Veterinary regulations India, 1925 -
Year: 1925
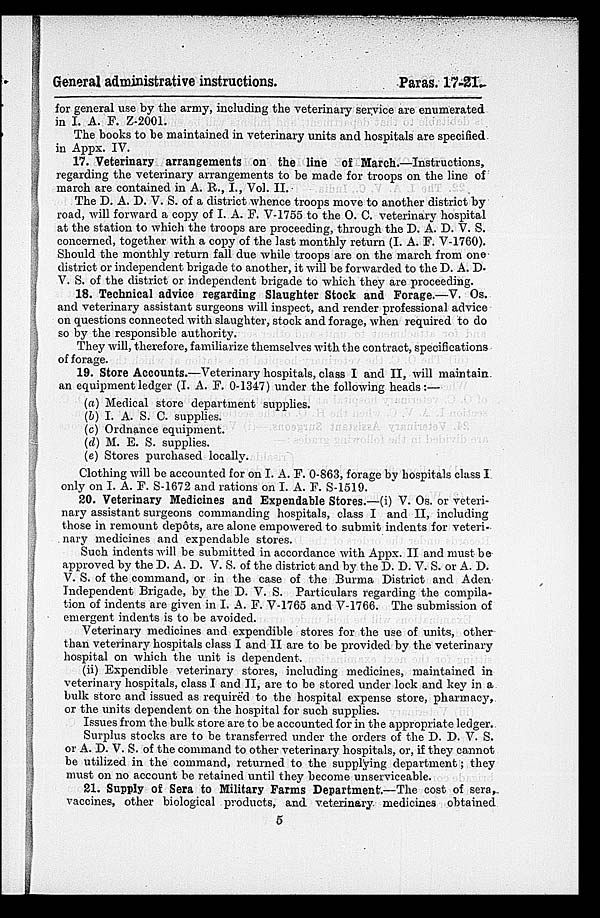
General administrative instructions.
Paras. 17-21.
for general use by the army, including the veterinary service are enumerated
in I. A. F. Z-2001.
The books to be maintained in veterinary units and hospitals are specified
in Appx. IV.
17. Veterinary arrangements on the line of March.—Instructions,
regarding the veterinary arrangements to be made for troops on the line of
march are contained in A. R., I., Vol. II.
The D. A. D. V. S. of a district whence troops move to another district by
road, will forward a copy of I. A. F. V-1755 to the O. C. veterinary hospital
at the station to which the troops are proceeding, through the D. A. D. V. S.
concerned, together with a copy of the last monthly return (I. A. F. V-1760).
Should the monthly return fall due while troops are on the march from one
district or independent brigade to another, it will be forwarded to the D. A. D.
V. S. of the district or independent brigade to which they are proceeding.
18. Technical advice regarding Slaughter Stock and Forage.—V. Os.
and veterinary assistant surgeons will inspect, and render professional advice
on questions connected with slaughter, stock and forage, when required to do
so by the responsible authority.
They will, therefore, familiarize themselves with the contract, specifications
of forage.
19. Store Accounts.—Veterinary hospitals, class I and II, will maintain
an equipment ledger (I. A. F. 0-1347) under the following heads:—
(a) Medical store department supplies.
(b) I. A. S. C. supplies.
(c) Ordnance equipment.
(d) M. E. S. supplies.
(e) Stores purchased locally.
Clothing will be accounted for on I. A. F. 0-863, forage by hospitals class I
only on I. A. F. S-1672 and rations on I. A. F. S-1519.
20. Veterinary Medicines and Expendable Stores.—(i) V. Os. or veteri-
nary assistant surgeons commanding hospitals, class I and II, including
those in remount depôts, are alone empowered to submit indents for veteri¬
nary medicines and expendable stores.
Such indents will be submitted in accordance with Appx. II and must be
approved by the D. A. D. V. S. of the district and by the D. D. V. S. or A. D.
V. S. of the command, or in the case of the Burma District and Aden
Independent Brigade, by the D. V. S. Particulars regarding the compila-
tion of indents are given in I. A. F. V-1765 and V-1766. The submission of
emergent indents is to be avoided.
Veterinary medicines and expendible stores for the use of units, other
than veterinary hospitals class I and II are to be provided by the veterinary
hospital on which the unit is dependent.
(ii) Expendible veterinary stores, including medicines, maintained in
veterinary hospitals, class I and II, are to be stored under lock and key in a
bulk store and issued as required to the hospital expense store, pharmacy,
or the units dependent on the hospital for such supplies.
Issues from the bulk store are to be accounted for in the appropriate ledger.
Surplus stocks are to be transferred under the orders of the D. D. V. S.
or A. D. V. S. of the command to other veterinary hospitals, or, if they cannot
be utilized in the command, returned to the supplying department; they
must on no account be retained until they become unserviceable.
21. Supply of Sera to Military Farms Department.—The cost of sera,
vaccines, other biological products, and veterinary medicines obtained
5